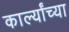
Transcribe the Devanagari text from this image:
कार्ल्यांच्या